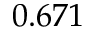
0 . 6 7 1